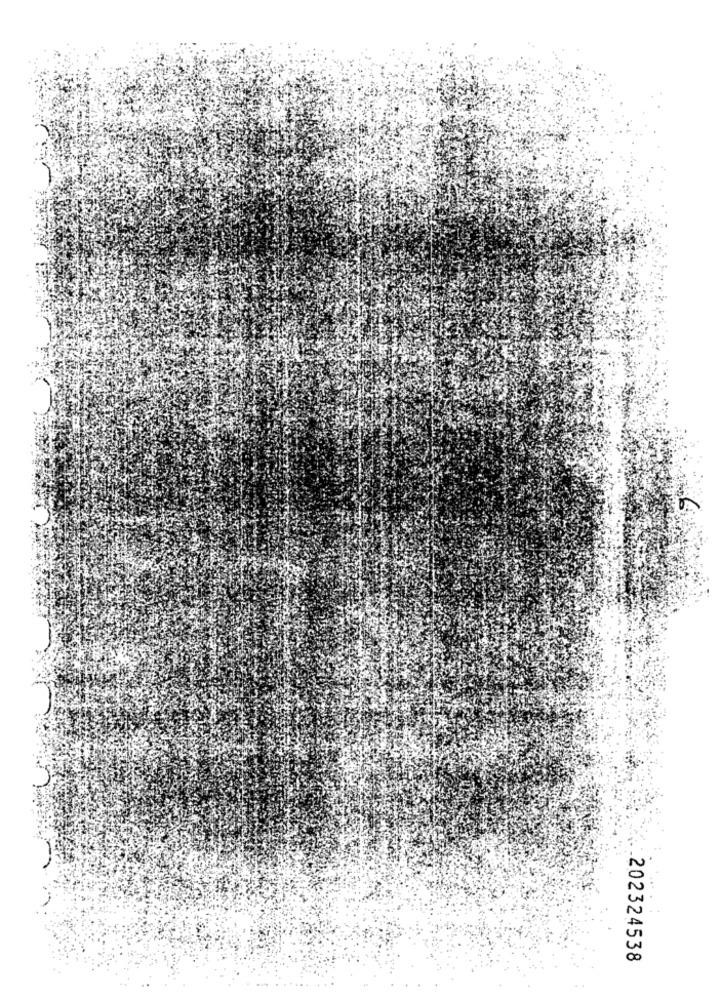
202324538